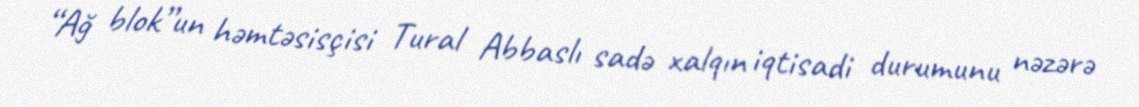
“Ağ blok”un həmtəsisçisi Tural Abbaslı sadə xalqın iqtisadi durumunu nəzərə